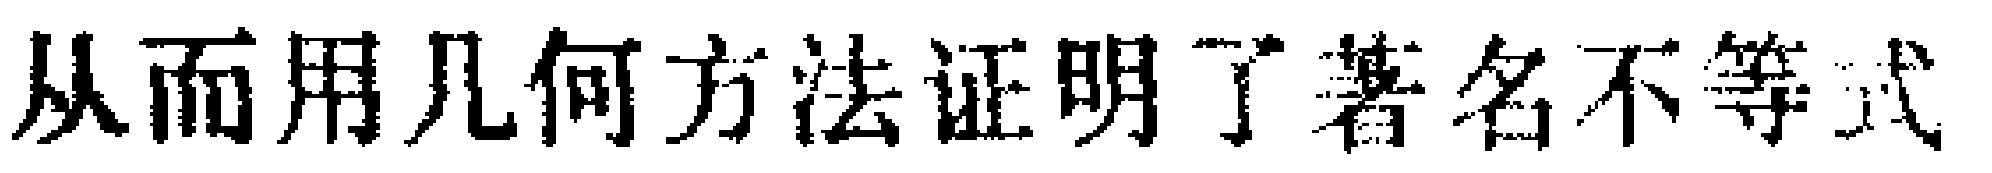
从而用几何方法证明了著名不等式